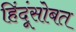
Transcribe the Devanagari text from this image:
हिंदूंसोबत